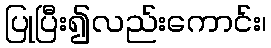
ပြုပြီး၍လည်းကောင်း၊